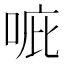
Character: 𠳓